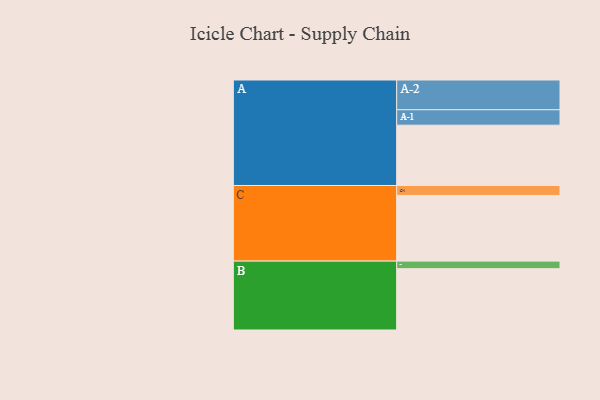
{"axis": {"x": "Segment", "y": "Value"}, "legend": ["", "A", "B", "C"], "data": [{"x": "A", "y": 527, "type": ""}, {"x": "B", "y": 536, "type": ""}, {"x": "C", "y": 574, "type": ""}, {"x": "A-1", "y": 135, "type": "A"}, {"x": "A-2", "y": 260, "type": "A"}, {"x": "B-1", "y": 66, "type": "B"}, {"x": "C-1", "y": 87, "type": "C"}]}